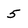
Character: 5